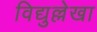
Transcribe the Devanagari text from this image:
विद्युल्लेखा